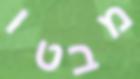
מבטו